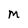
Character: M